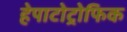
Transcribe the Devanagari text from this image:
हेपाटोट्रोफिक